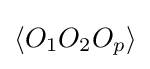
\left\langle O_{1}O_{2}O_{p}\right\rangle